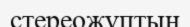
стереожұптың